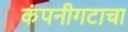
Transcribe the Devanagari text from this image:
कंपनीगटाचा